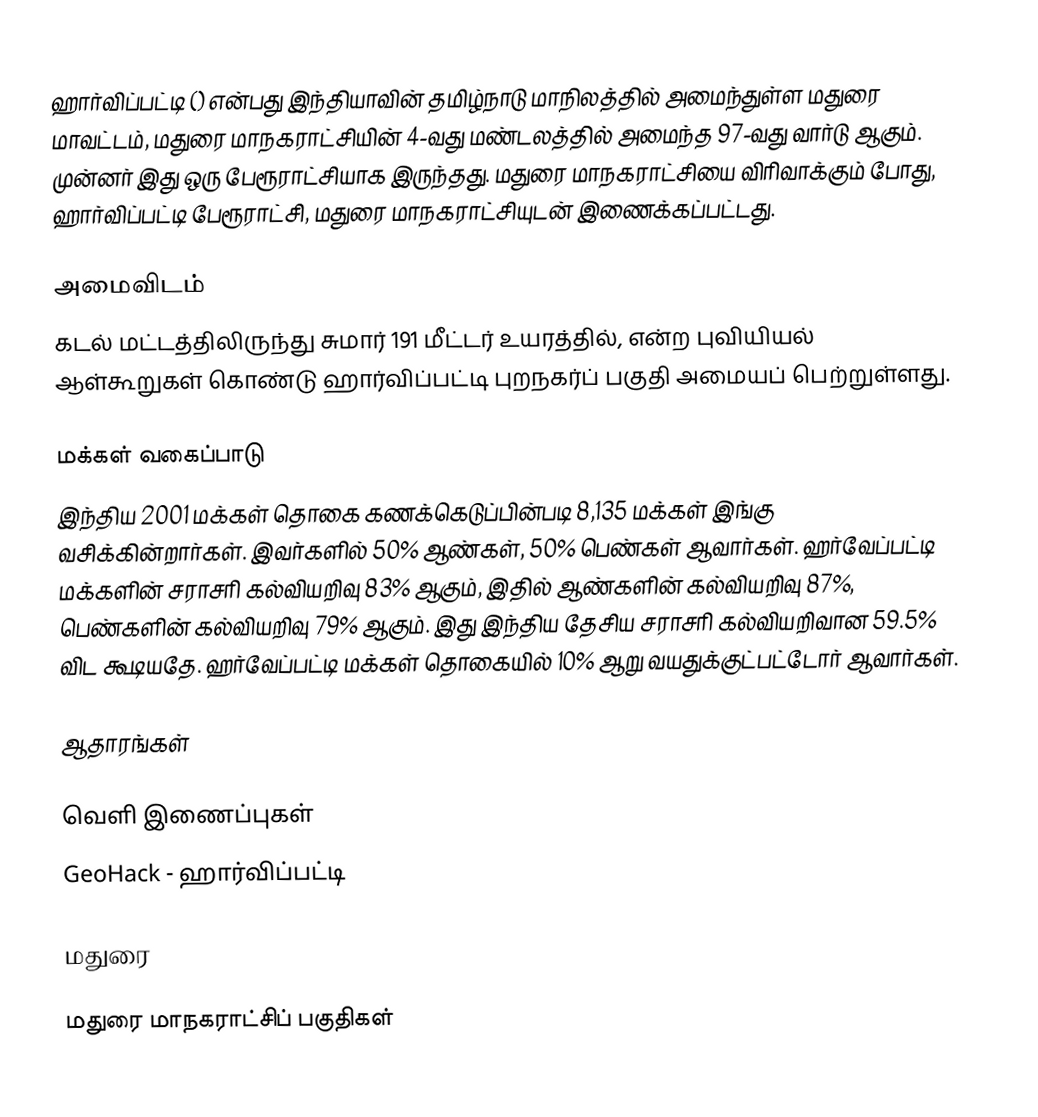
ஹார்விப்பட்டி () என்பது இந்தியாவின் தமிழ்நாடு மாநிலத்தில் அமைந்துள்ள மதுரை மாவட்டம், மதுரை மாநகராட்சியின் 4-வது மண்டலத்தில் அமைந்த 97-வது வார்டு ஆகும்.  முன்னர் இது  ஒரு பேரூராட்சியாக இருந்தது. மதுரை மாநகராட்சியை விரிவாக்கும் போது, ஹார்விப்பட்டி பேரூராட்சி, மதுரை மாநகராட்சியுடன் இணைக்கப்பட்டது.

அமைவிடம்
கடல் மட்டத்திலிருந்து சுமார் 191 மீட்டர் உயரத்தில்,  என்ற புவியியல் ஆள்கூறுகள் கொண்டு ஹார்விப்பட்டி புறநகர்ப் பகுதி அமையப் பெற்றுள்ளது.

மக்கள் வகைப்பாடு
இந்திய 2001 மக்கள் தொகை கணக்கெடுப்பின்படி 8,135 மக்கள் இங்கு வசிக்கின்றார்கள். இவர்களில் 50% ஆண்கள், 50% பெண்கள் ஆவார்கள். ஹர்வேப்பட்டி மக்களின் சராசரி கல்வியறிவு 83% ஆகும்,  இதில் ஆண்களின் கல்வியறிவு 87%,  பெண்களின் கல்வியறிவு 79% ஆகும். இது இந்திய தேசிய சராசரி கல்வியறிவான 59.5% விட கூடியதே. ஹர்வேப்பட்டி மக்கள் தொகையில் 10%  ஆறு வயதுக்குட்பட்டோர் ஆவார்கள்.

ஆதாரங்கள்

வெளி இணைப்புகள்
 GeoHack - ஹார்விப்பட்டி

மதுரை

மதுரை மாநகராட்சிப் பகுதிகள்